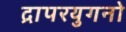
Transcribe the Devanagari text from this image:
द्रापरयुगनो